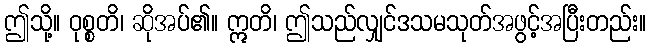
ဤသို့။ ဝုစ္စတိ၊ ဆိုအပ်၏။ ဣတိ၊ ဤသည်လျှင်ဒသမသုတ်အဖွင့်အပြီးတည်း။